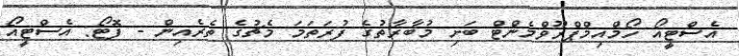
އެސްޓީއޯ ހޯމްއިމްޕްރޫވްމެންޓް ބަށި މުބާރާތުގެ ފުރަތަމަ މެޗުގެ ތެރެއިން - ފޮޓޯ: އެސްޓީއޯ